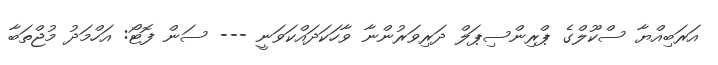
އަރަބިއްޔާ ސްކޫލްގެ ޕްރިންސިޕަލް ދަރިވަރުންނާ ވާހަކަދައްކަވަނީ --- ސަން ފޮޓޯ: އަހްމަދު މުޖްތަބާ